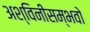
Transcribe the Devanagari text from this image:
अश्विनीसम्भवो